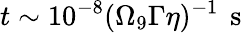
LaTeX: t\sim 10^{-8}(\Omega_{9}\Gamma\eta)^{-1}\, \mathrm{~s~}